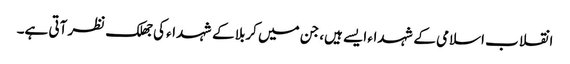
انقلاب اسلامی کے شہداء ایسے ہیں، جن میں کربلا کے شہداء کی جھلک نظر آتی ہے۔